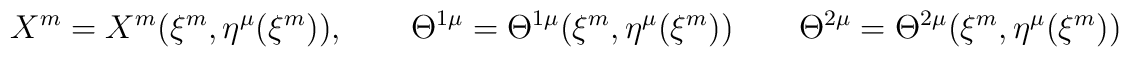
X^m = X^m (\xi^m, \eta^\mu (\xi^m)), \qquad \Theta^{1\mu} =\Theta^{1\mu} (\xi^m, \eta^\mu (\xi^m)) \qquad \Theta^{2\mu} =\Theta^{2\mu} (\xi^m, \eta^\mu (\xi^m))